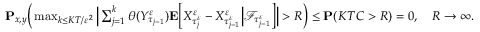
\begin{array} { r } { \mathbf { P } _ { x , y } \Big ( \operatorname* { m a x } _ { k \leq K T / \varepsilon ^ { 2 } } \Big | \sum _ { j = 1 } ^ { k } \theta ( Y _ { \tau _ { j - 1 } } ^ { \varepsilon } ) \mathbf { E } \Big [ X _ { \tau _ { j } ^ { \varepsilon } } ^ { \varepsilon } - X _ { \tau _ { j - 1 } ^ { \varepsilon } } ^ { \varepsilon } \Big | \mathscr { F } _ { \tau _ { j - 1 } ^ { \varepsilon } } \Big ] \Big | > R \Big ) \leq \mathbf { P } ( K T C > R ) = 0 , \quad R \to \infty . } \end{array}